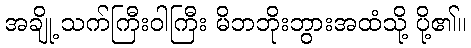
အချို့ သက်ကြီးဝါကြီး မိဘဘိုးဘွားအထံသို့ ပို့၏။